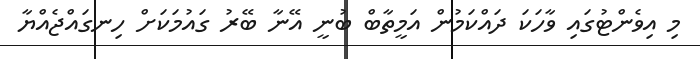
މި އިވެންޓުގައި ވާހަކަ ދައްކަމުން އަމީތާބް ބުނީ އޭނާ ބޭރު ގައުމަކަށް ހިނގައްޖެއްޔާ